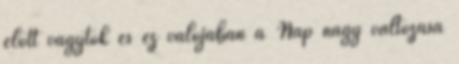
előtt vagytok és ez valójában a Nap nagy változása